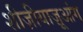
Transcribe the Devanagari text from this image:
शीज़ीयाज़ूआंग